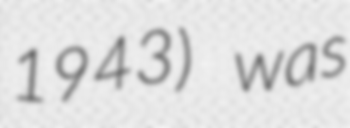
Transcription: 1943) was